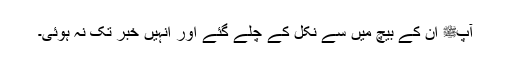
آپﷺ ان کے بیچ میں سے نکل کے چلے گئے اور انہیں خبر تک نہ ہوئی۔